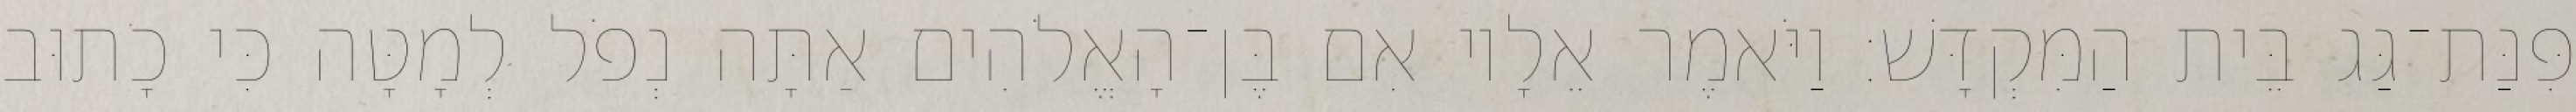
פִּנַּת־גַּג בֵּית הַמִּקְדָּשׁ׃ וַיֹּאמֶר אֵלָיו אִם בֶּן־הָאֱלֹהִים אַתָּה נְפֹל לְמָטָּה כִּי כָתוּב